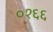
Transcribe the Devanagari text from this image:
०१६६